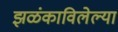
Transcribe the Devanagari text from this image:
झळंकाविलेल्या